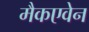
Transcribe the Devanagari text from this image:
मैकएवेन